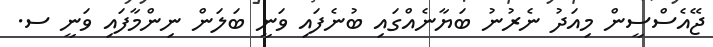
ޖޭއެސްސީން މިއަދު ނެރުނު ބަޔާނެއްގައި ބުނެފައި ވަނީ ބަލަން ނިންމާފައި ވަނީ ސ.